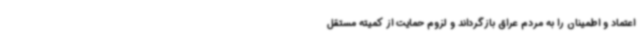
اعتماد و اطمینان را به مردم عراق بازگرداند و لزوم حمایت از کمیته مستقل